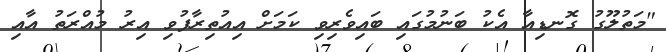
"މަތުލޫގު ގޮނޑިއާ އެކު ބަނުމުގައި ބައިވެރިވި ކަމަށް އިއުތިރާފުވި އިރު މުއްރަތު އާއި